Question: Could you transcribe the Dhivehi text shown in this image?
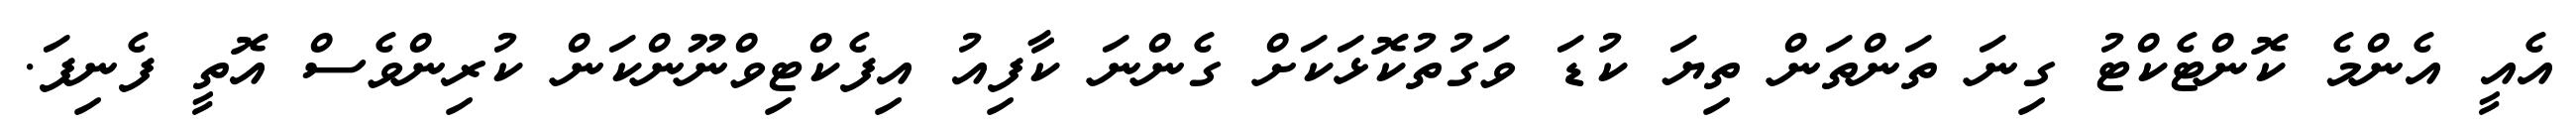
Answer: އެއީ އެންމެ ކޮންޓެކްޓު ގިނަ ތަންތަން ތިޔަ ކުޑަ ވަގުތުކޮޅަކަށް ގެންނަ ކާފިއު އިފެކްޓިވްނޫންކަން ކުރިންވެސް އޮތީ ފެނިފަ.